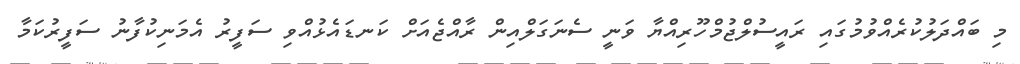
މި ބައްދަލުކުރެއްވުމުގައި ރައީސުލްޖުމްހޫރިއްޔާ ވަނީ ސެނަގަލްއިން ރާއްޖެއަށް ކަނޑައެޅުއްވި ސަފީރު އެމަނިކުފާނު ސަފީރުކަމާ